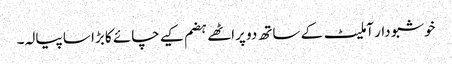
خوشبو دار آملیٹ کے ساتھ دو پراٹھے ہضم کیے چائے کا بڑا سا پیالہ۔